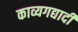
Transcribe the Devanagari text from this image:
काव्यगद्यादी